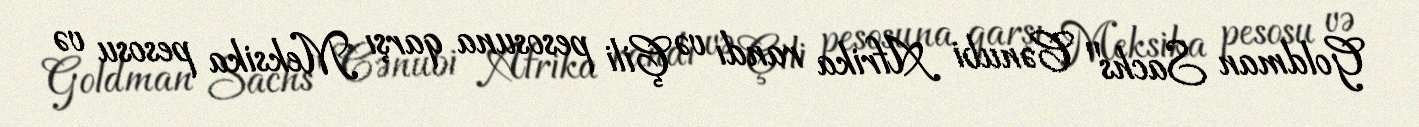
Goldman Sachs" Cənubi Afrika randı və Çili pesosuna qarşı Meksika pesosu və